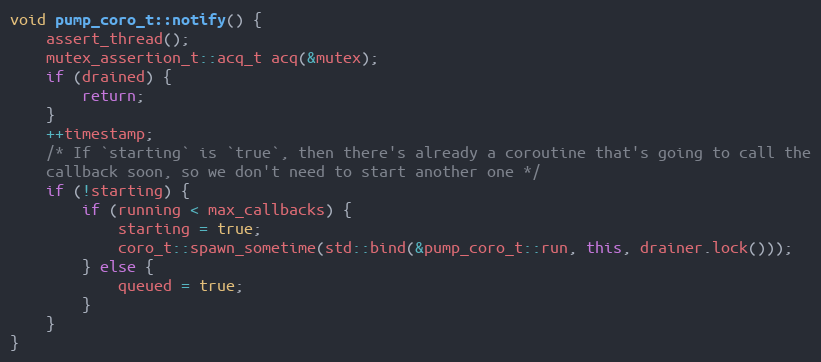
Language: C++
void pump_coro_t::notify() {
    assert_thread();
    mutex_assertion_t::acq_t acq(&mutex);
    if (drained) {
        return;
    }
    ++timestamp;
    /* If `starting` is `true`, then there's already a coroutine that's going to call the
    callback soon, so we don't need to start another one */
    if (!starting) {
        if (running < max_callbacks) {
            starting = true;
            coro_t::spawn_sometime(std::bind(&pump_coro_t::run, this, drainer.lock()));
        } else {
            queued = true;
        }
    }
}